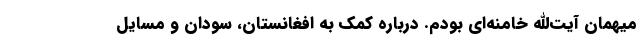
میهمان آیت‌الله خامنه‌ای بودم. درباره کمک به افغانستان، سودان و مسایل